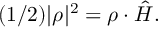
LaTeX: ( 1 / 2 ) | \rho | ^ { 2 } = { \rho } \cdot \hat { H } .